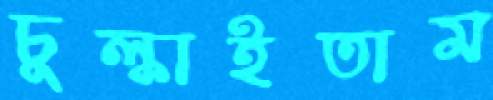
চুল্‌কাইতাম